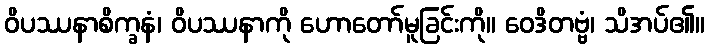
ဝိပဿနာစိက္ခနံ၊ ဝိပဿနာကို ဟောတော်မူခြင်းကို။ ဝေဒိတဗ္ဗံ၊ သိအပ်၏။